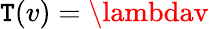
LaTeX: \mathtt{T}(v)=\lambdav